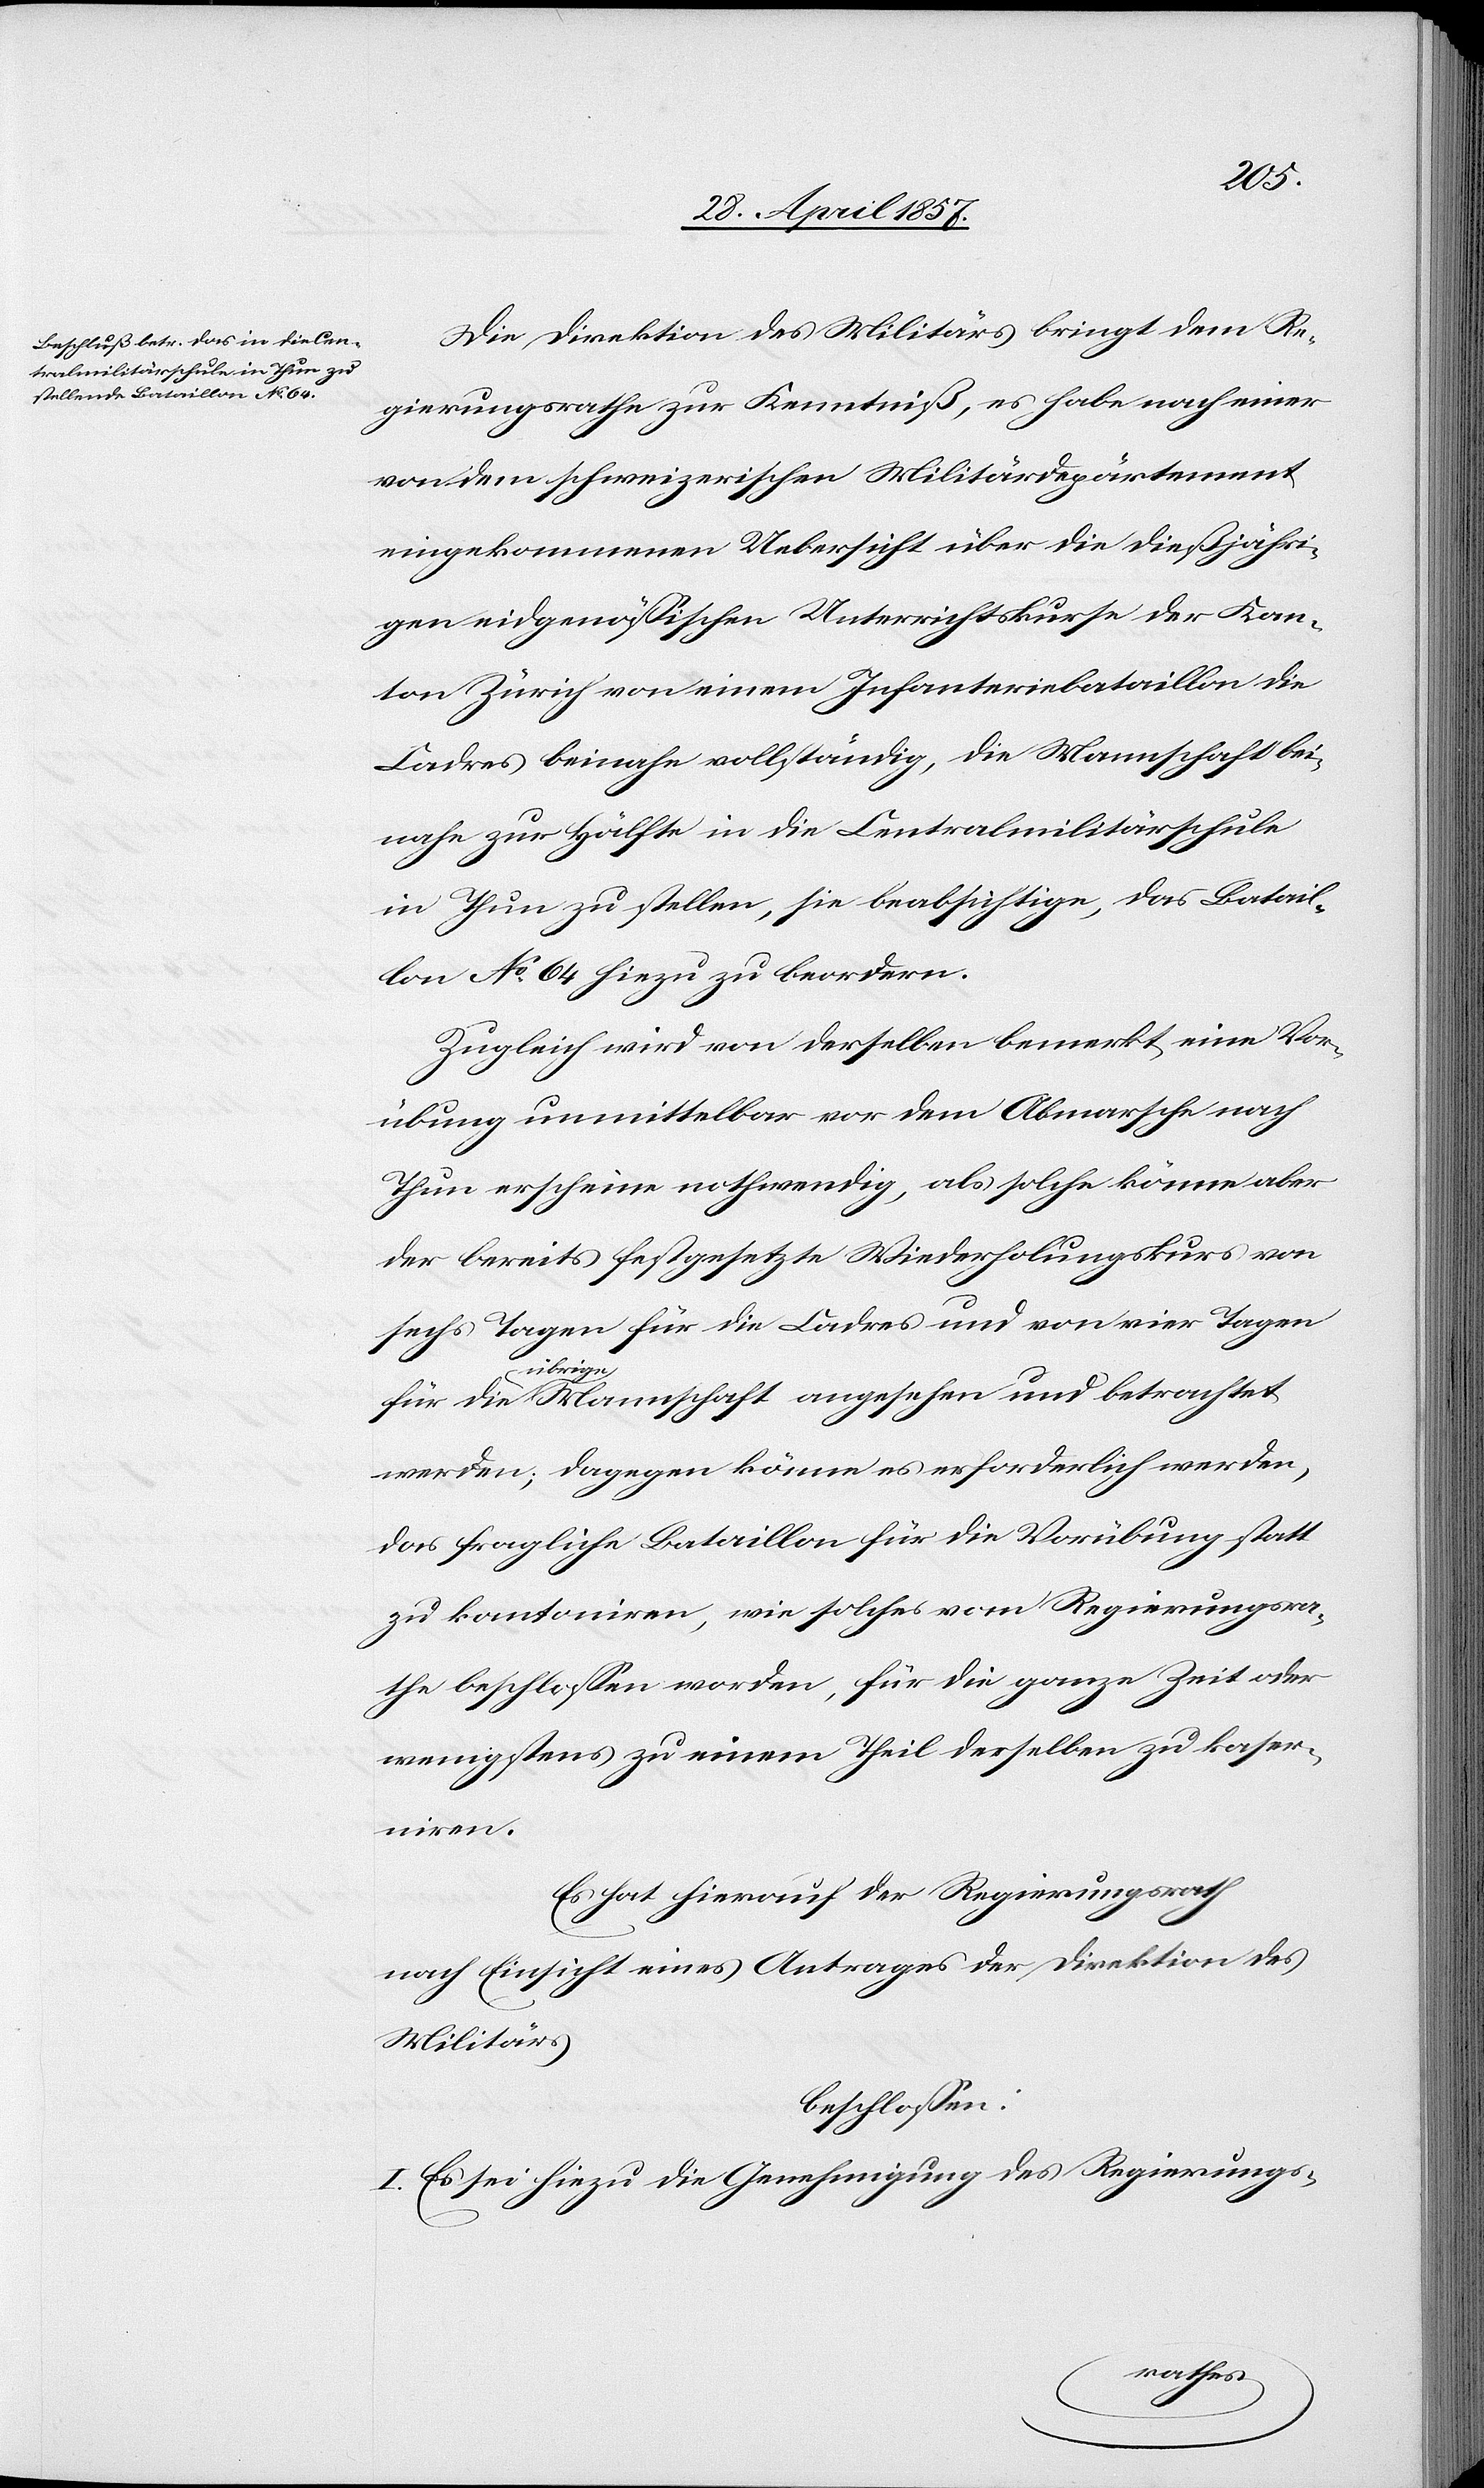
Die Direktion des Militärs bringt dem Re¬
gierungsrathe zur Kenntniß, es habe nach einer
von dem schweizerischen Militärdepartement
eingekommenen Uebersicht über die dießjähri¬
gen eidgenößischen Unterrichtskurse der Kan¬
ton Zürich von einem Infanteriebataillon die
Cadre beinahe vollständig, die Mannschaft bei¬
nahe zur Hälfte in die Centralmilitärschule
in Thun zu stellen, sie beabsichtige, das Batail¬
lon No 64 hiezu zu beordern.
Zugleich wird von derselben bemerkt eine Vor¬
übung unmittelbar vor dem Abmarsche nach
Thun erscheine nothwendig, als solche könne aber
der bereits festgesetzte Wiederholungskurs von
sechs Tagen für die Cadres und von vier Tagen
für die
übrige Mannschaft angesehen und betrachtet
werden; dagegen könne es erforderlich werden,
das fragliche Bataillon für die Vorübung statt
zu kantoniren, wie solches vom Regierungsra¬
the beschloßen worden, für die ganze Zeit oder
wenigstens zu einem Theil derselben zu kaser¬
niren.
Es hat hierauf der Regierungsrath
nach Einsicht eines Antrages der Direktion des
Militärs
beschloßen:
I. Es sei hiezu die Genehmigung des Regierungs-